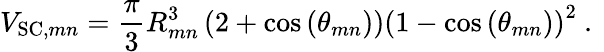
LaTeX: V_{\mathrm{SC},mn}=\frac{\pi}{3}R_{mn}^{3}\left(2+\cos\left(\theta_{mn}\right)\right)\left(1-\cos\left(\theta_{mn}\right)\right)^{2}\mathrm{~.~}